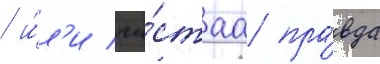
/ и́л'и чи́стаа пра́вда